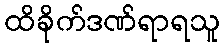
ထိခိုက်ဒဏ်ရာရသူ